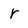
Character: r